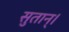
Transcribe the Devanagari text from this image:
सुतान्।